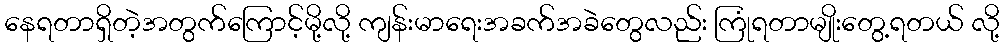
နေရတာရှိတဲ့အတွက်ကြောင့်မို့လို့ ကျန်းမာရေးအခက်အခဲတွေလည်း ကြုံရတာမျိုးတွေ့ရတယ် လို့